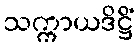
သက္ကာယဒိဋ္ဌိံ